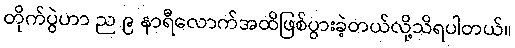
တိုက်ပွဲဟာ ည ၉ နာရီလောက်အထိဖြစ်ပွားခဲ့တယ်လို့သိရပါတယ်။